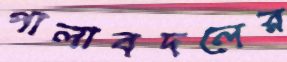
পালাবদলের